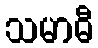
သမာဓီ